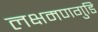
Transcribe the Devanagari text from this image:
लक्षमणगुडि